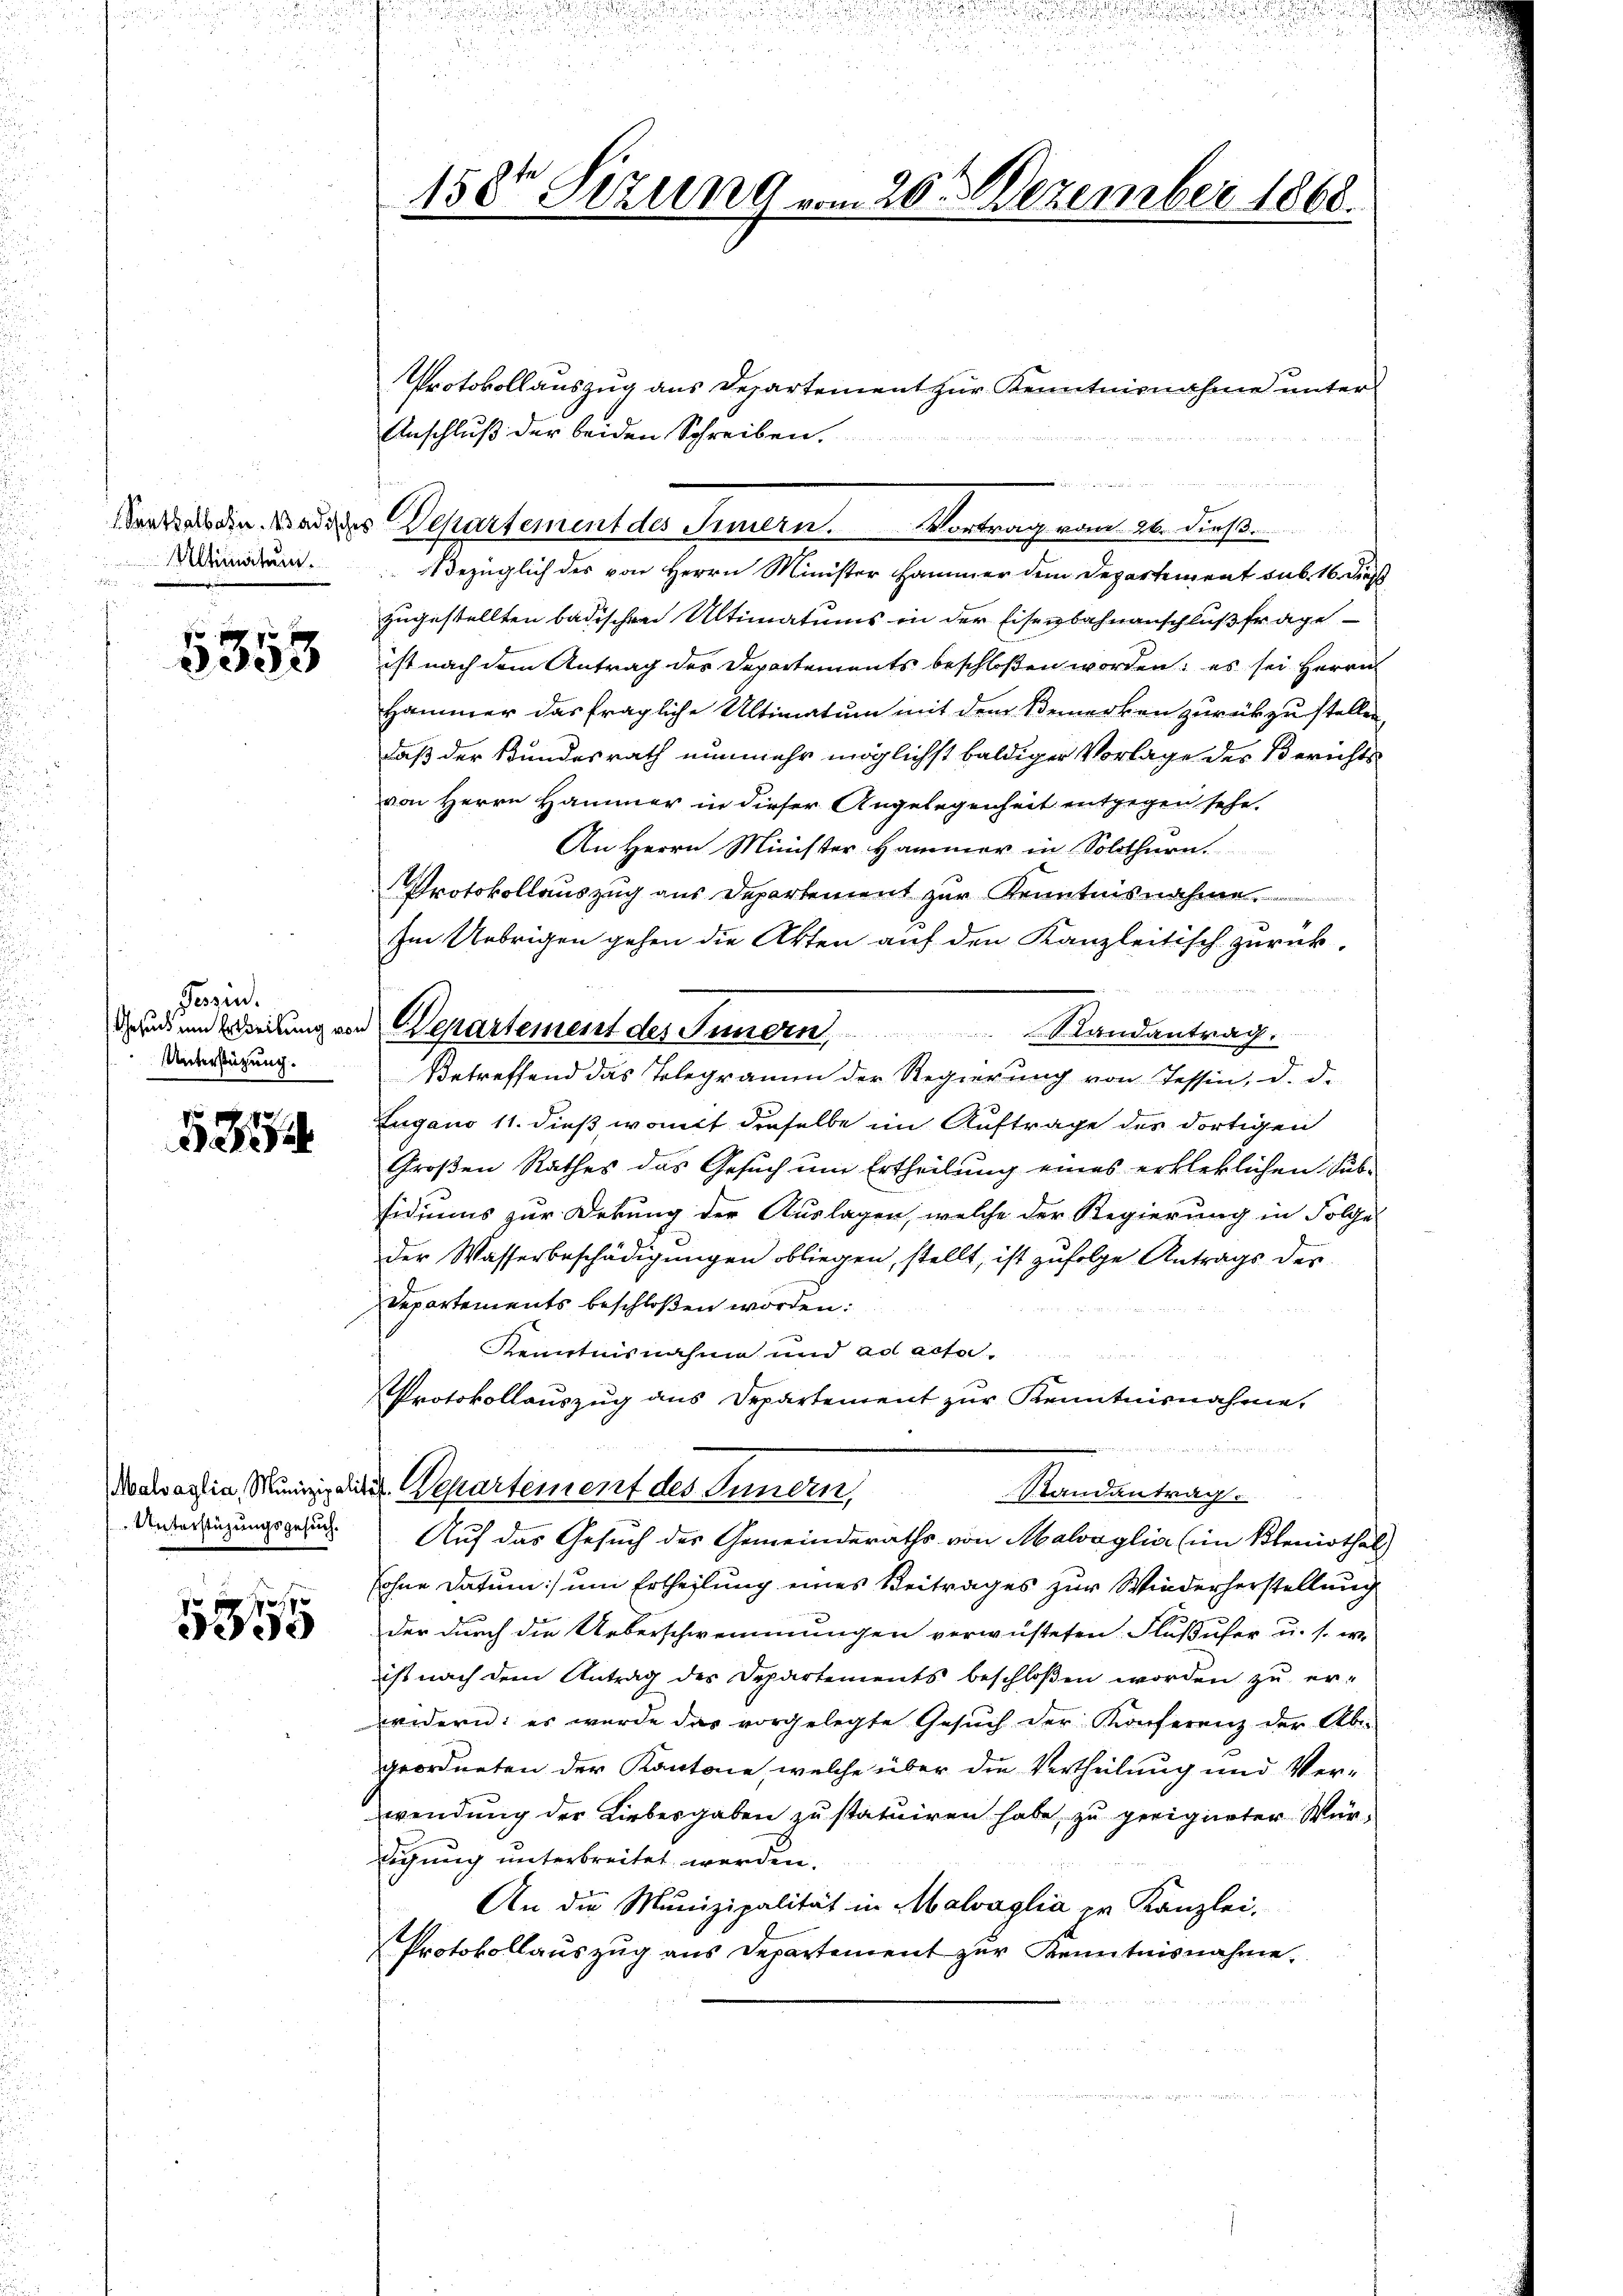
Ultimatum.

5353

Tessin.
Unterstüzung.

5834

Malvaglia, Munizipal
Unterstüzungsgesuch.

fxx
0

150r Sizung vom 20ten Dezember 1868.

denden Breitung und Departement des Innern Randantrag.

n
Vor als die Wade des Departement des Innern. Vortrag vom 26. dieß.

i

Protokollauszug aus Departement zur Kenntnisnahme unter
Anschluß der beiden Schreiben.
Bezüglich des von Herrn Minister Hammer dem Departement aus 16. dieß
zugestellten badischen Ultimatums in der Eisenbahnanschlußfrage
ist nach dem Antrag des Departements beschloßen worden; es sei Herrn
Hammer das fragliche Ultimatum mit dem Bemerken zurückzustellen
daß der Bundesrath nunmehr möglichst baldiger Vorlage der Berichtsvon Herrn Hammer in dieser Angelegenheit entgegen sehe.
An Herrn Minister Hammer in Solothurn.
Protokollauszug aus Departement zur Kenntnisnahme
Im Uebrigen gehen die Akten auf den Kanzleitisch zurück-
Betreffend das Telegramm der Regierung von Tessin, d. d.
Zugano 11. dieß womit dieselbe im Auftrage des dortigen
Großen Rathes das Gesuch um Ertheilung eines erkleklichen Subsidiums zur Dekung der Auslagen, welche der Regierung in Folge
der Wasserbeschädigungen obliegen, stellt, ist zufolge Antrags der
Departements beschloßen worden.
Kenntnisnahme und ad acta
Protokollauszug aus Departement zur Kenntnisnahme.
de Departement des Innern,
Randantrag.
Auf das Gesuch des Gemeinderaths von Malvaglia (im Bleniothal
sohne Datum) um Ertheilung eines Beitrages zur Wiederherstellung
der durch die Ueberschwemmungen verwüsteten Flußufer u. s. w.
ist nach dem Antrag des Departements beschloßen worden zu erwidern: es wurde das vorgelegte Gesŭch der Konferenz der Aber
geordneten der Kantone, welche über die Vertheilung und Verwendung der Liebesgaben zu statuiren habe, zu geeigneter Würigung unterbreitet werden.
An die Munizipalität in Malvaglia pr Kanzlei-
Protokollauszug aus Departement zur Kenntnisnahme.

d